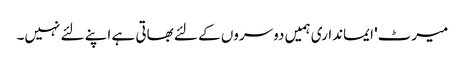
میرٹ' ایمانداری ہمیں دوسروں کے لئے بھاتی ہے اپنے لئے نہیں۔